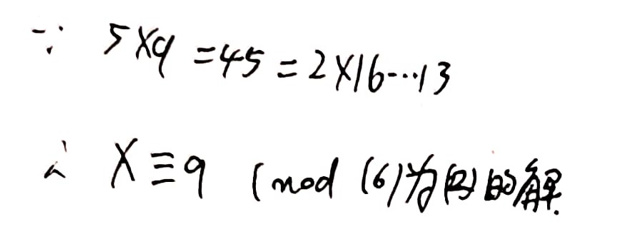
$\because 5\times9 = 45=2\times16 + 13$\\
$\therefore x\equiv9\pmod{16} $为(2)的解